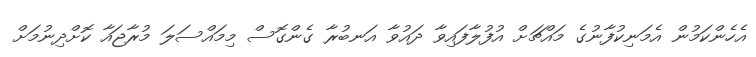
އެހެންކަމުން އެމަނިކުފާނުގެ މައްޗަށް އުފުލާފައިވާ ދައުވާ އަނބުރާ ގެންގޮސް މިމައްސަލަ މުރާޖައާ ކޮށްދިނުމަށް